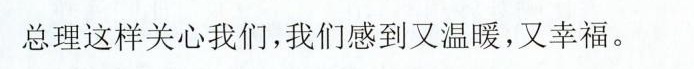
总理这样关心我们，我们感到又温暖，又幸福。